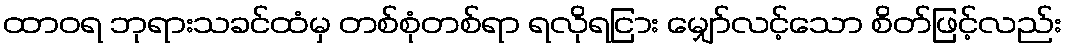
ထာဝရ ဘုရားသခင်ထံမှ တစ်စုံတစ်ရာ ရလိုရငြား မျှော်လင့်သော စိတ်ဖြင့်လည်း